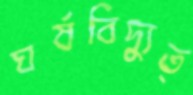
ঘর্ষবিদ্যুত্